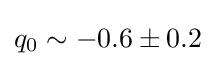
q_{0}\sim -0.6\pm 0.2